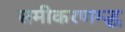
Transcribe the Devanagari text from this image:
समीकरणम्द्ध